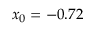
x _ { 0 } = - 0 . 7 2